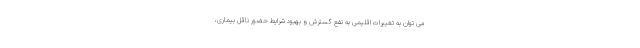
می توان به تغییرات اقلیمی به نفع گسترش و بهبود شرایط حضور ناقل بیماری،